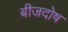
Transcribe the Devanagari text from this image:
बीजदोष